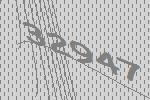
32947